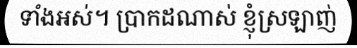
ទាំងអស់។ ប្រាកដណាស់ ខ្ញុំស្រឡាញ់